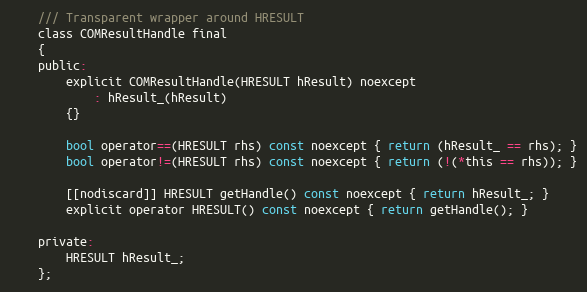
Language: C
    /// Transparent wrapper around HRESULT
    class COMResultHandle final
    {
    public:
        explicit COMResultHandle(HRESULT hResult) noexcept
            : hResult_(hResult)
        {}

        bool operator==(HRESULT rhs) const noexcept { return (hResult_ == rhs); }
        bool operator!=(HRESULT rhs) const noexcept { return (!(*this == rhs)); }

        [[nodiscard]] HRESULT getHandle() const noexcept { return hResult_; }
        explicit operator HRESULT() const noexcept { return getHandle(); }

    private:
        HRESULT hResult_;
    };